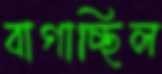
বাগাচ্ছিল